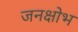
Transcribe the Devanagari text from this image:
जनक्षोभ